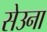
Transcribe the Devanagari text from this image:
सेउना